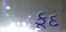
કૂદ